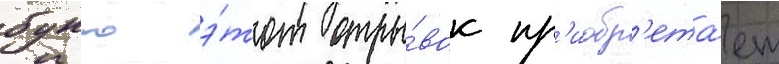
бунго э́тот отры́вок пр'иобр'ета́ет